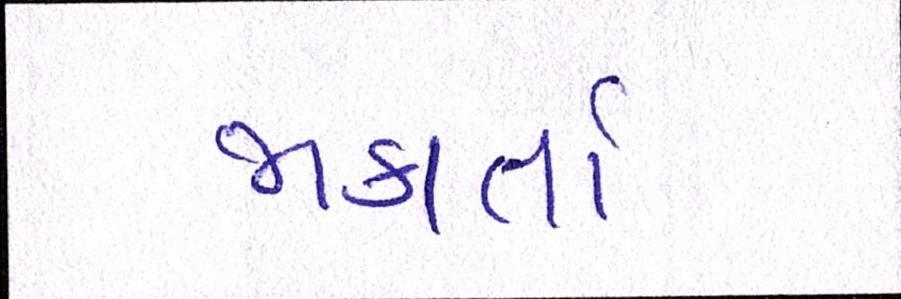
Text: જાકાર્તા